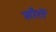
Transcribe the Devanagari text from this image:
सौरों